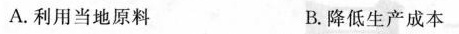
A.利用当地原料 B.降低生产成本